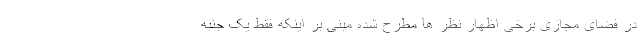
در فضای مجازی برخی اظهار نظر ها مطرح شده مبنی بر اینکه فقط یک جنبه